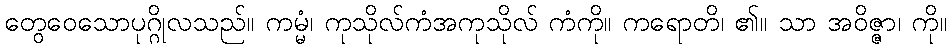
တွေဝေသောပုဂ္ဂိုလသည်။ ကမ္မံ၊ ကုသိုလ်ကံအကုသိုလ် ကံကို။ ကရောတိ၊ ၏။ သာ အဝိဇ္ဇာ၊ ကို။